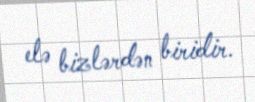
elə bizlərdən biridir.